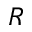
R